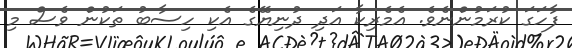
ފާހަގަ ކުރަމުންނެވެ. އެމެރިކާ އަދި ދުނިޔޭގެ އެކި ހިސާބު ތަކުން ވެސް މި